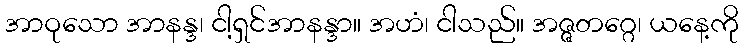
အာဝုသော အာနန္ဒ၊ ငါ့ရှင်အာနန္ဒာ။ အဟံ၊ ငါသည်။ အဇ္ဇတဂ္ဂေ၊ ယနေ့ကို